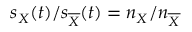
s _ { X } ( t ) / s _ { \overline { { X } } } ( t ) = n _ { X } / n _ { \overline { { X } } }